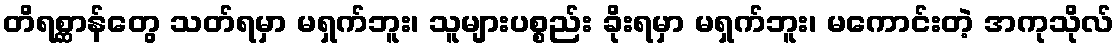
တိရစ္ဆာန်တွေ သတ်ရမှာ မရှက်ဘူး၊ သူများပစ္စည်း ခိုးရမှာ မရှက်ဘူး၊ မကောင်းတဲ့ အကုသိုလ်